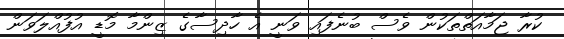
ކުރާ ޖަމާއަތްތަކުން ވެސް ބުނެފައި ވަނީ އެ ހާދިސާގެ ޒިންމާ މޮޑީ އުފުއްލަވަން